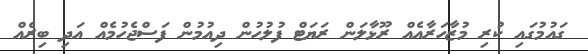
ގައުމުގައި ކުރި މުޒާހަރާއެއް ރޫޅާލަން ރަޔަޓް ފުލުހުން ދިއުމުން ފަސްޖެހުމެއް އަދި ބިރެއް